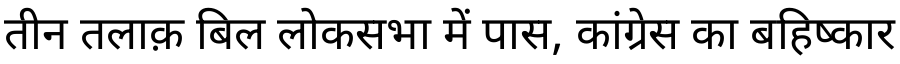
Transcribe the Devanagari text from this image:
तीन तलाक़ बिल लोकसभा में पास, कांग्रेस का बहिष्कार